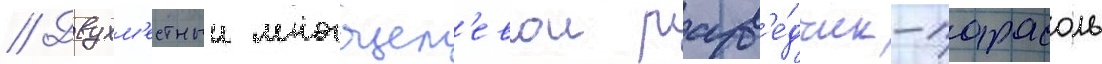
// Двухм'естныи многоцел'евои разв'е́дчик-парасоль